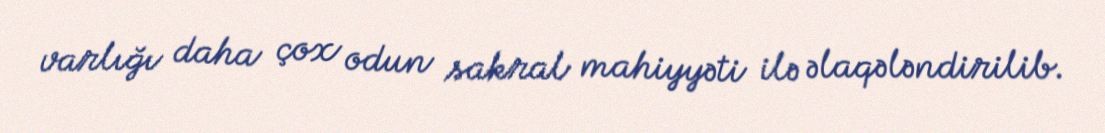
varlığı daha çox odun sakral mahiyyəti ilə əlaqələndirilib.